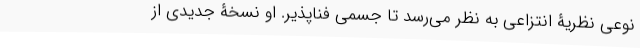
نوعی نظریۀ انتزاعی به نظر می‌رسد تا جسمی فناپذیر. او نسخۀ جدیدی از